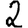
Digit: 2